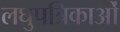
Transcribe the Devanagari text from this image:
लघुपत्रिकाओं